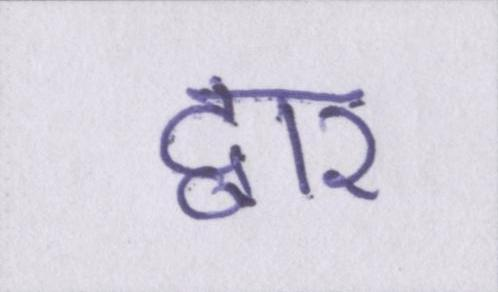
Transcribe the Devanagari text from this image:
द्वार